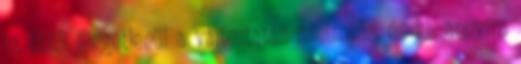
is. Ettől függetlenül a változtatás minimális, és kb. annyira